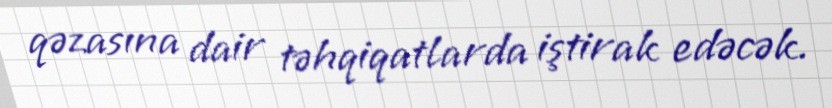
qəzasına dair təhqiqatlarda iştirak edəcək.